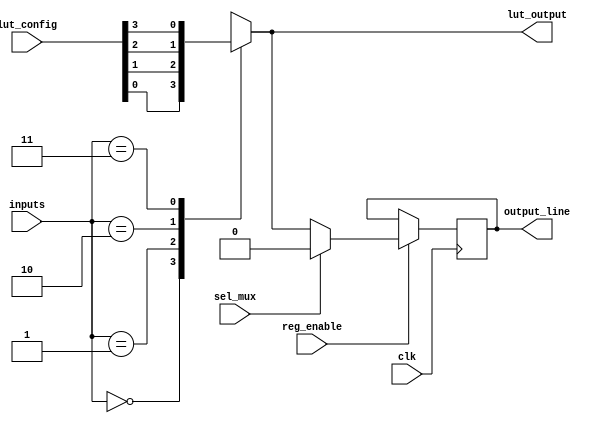
module CLB (
    input wire [3:0] inputs,        // 4 input lines
    input wire [3:0] lut_config,    // Configuration for LUT (4-bit)
    input wire sel_mux,              // MUX select line
    input wire clk,                  // Clock for optional register
    input wire reg_enable,           // Enable signal for register
    output wire output_line,         // Output line
    output wire lut_output           // Direct LUT output (for debugging)
);

// Look-Up Table (LUT) implementation
reg lut_output_reg;
always @(*) begin
    case (inputs)
        4'b0000: lut_output_reg = lut_config[0];
        4'b0001: lut_output_reg = lut_config[1];
        4'b0010: lut_output_reg = lut_config[2];
        4'b0011: lut_output_reg = lut_config[3];
        4'b0100: lut_output_reg = lut_config[4];
        4'b0101: lut_output_reg = lut_config[5];
        4'b0110: lut_output_reg = lut_config[6];
        4'b0111: lut_output_reg = lut_config[7];
        4'b1000: lut_output_reg = lut_config[8];
        4'b1001: lut_output_reg = lut_config[9];
        4'b1010: lut_output_reg = lut_config[10];
        4'b1011: lut_output_reg = lut_config[11];
        4'b1100: lut_output_reg = lut_config[12];
        4'b1101: lut_output_reg = lut_config[13];
        4'b1110: lut_output_reg = lut_config[14];
        4'b1111: lut_output_reg = lut_config[15];
        default: lut_output_reg = 1'b0; // Default case
    endcase
end

// MUX implementation to select between LUT output and a constant value (for example, 0)
wire mux_output;
assign mux_output = sel_mux ? 1'b0 : lut_output_reg; // Example: select between LUT output and 0

// Optional Register implementation
reg output_reg;
always @(posedge clk) begin
    if (reg_enable) begin
        output_reg <= mux_output; // Store MUX output in register if enabled
    end
end

// Output assignments
assign output_line = output_reg; // Output line from the register
assign lut_output = lut_output_reg; // Direct LUT output for debugging

endmodule